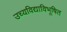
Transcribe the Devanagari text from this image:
उच्यविद्याविभूषित